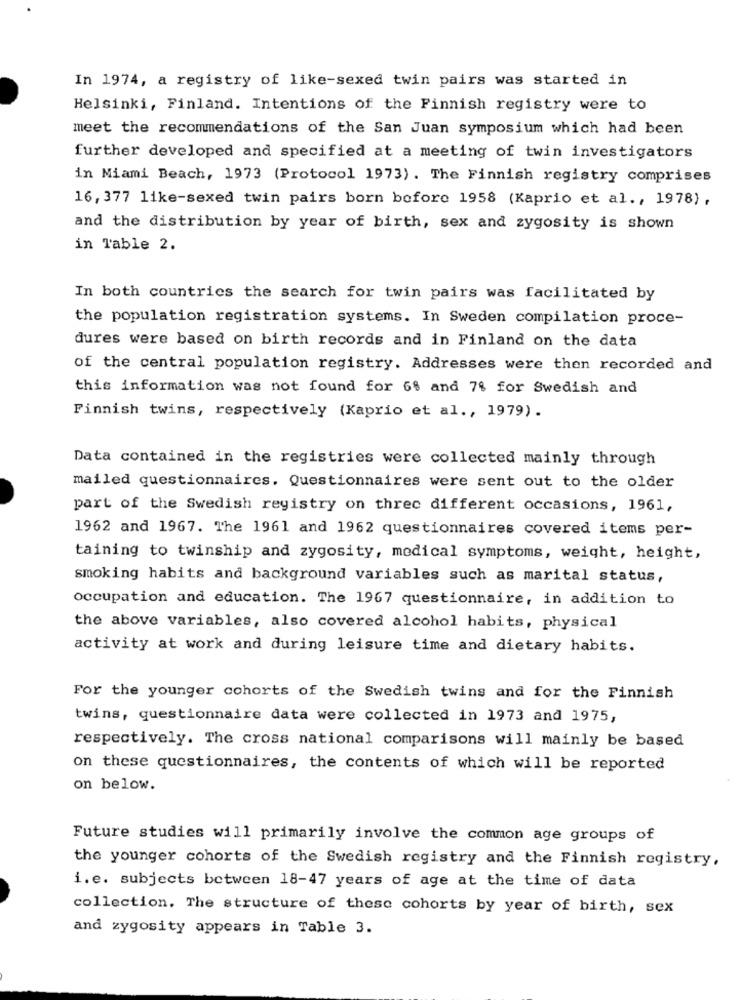
In 1974, a registry of like-sexed twin pairs was started in
Helsinki, Finland. Intentions of the Finnish registry were to
meet the recommendations of the San Juan symposium which had been
further developed and specified at a meeting of twin investigators
in Miami Beach, 1973 (Protocol 1973) . The Finnish registry comprises
16, 377 like-sexed twin pairs born before 1958 (Kaprio et al ., 1978),
and the distribution by year of birth, sex and zygosity is shown
in Table 2.
In both countries the search for twin pairs was facilitated by
the population registration systems. In Sweden compilation proce-
dures were based on birth records and in Finland on the data
of the central population registry. Addresses were then recorded and
this information was not found for 6% and 7% for Swedish and
Finnish twins, respectively (Kaprio et al ., 1979).
Data contained in the registries were collected mainly through
mailed questionnaires. Questionnaires were sent out to the older
part of the Swedish registry on three different occasions, 1961,
1962 and 1967. The 1961 and 1962 questionnaires covered items per-
taining to twinship and zygosity, medical symptoms, weight, height,
smoking habits and background variables such as marital status,
occupation and education. The 1967 questionnaire, in addition to
the above variables, also covered alcohol habits, physical
activity at work and during leisure time and dietary habits.
For the younger cohorts of the Swedish twins and for the Finnish
twins, questionnaire data were collected in 1973 and 1975,
respectively. The cross national comparisons will mainly be based
on these questionnaires, the contents of which will be reported
on below.
Future studies will primarily involve the common age groups of
the younger cohorts of the Swedish registry and the Finnish registry,
i.e. subjects between 18-47 years of age at the time of data
collection. The structure of these cohorts by year of birth, sex
and zygosity appears in Table 3.